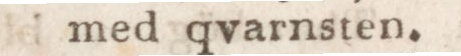
med qvarnsten.